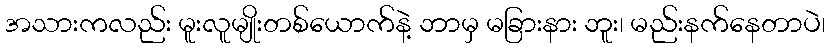
အသားကလည်း မူးလူမျိုးတစ်ယောက်နဲ့ ဘာမှ မခြားနား ဘူး၊ မည်းနက်နေတာပဲ၊